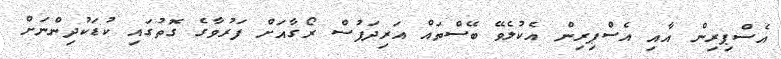
އެސްޕިރިން އާއި އެސްޕިރިން އެކުލެވޭ ބޭސްތައް އަރިދަފުސް ރޯގާއަށް ފަރުވާގެ ގޮތުގައި ކުޑަކުދިންނަށް